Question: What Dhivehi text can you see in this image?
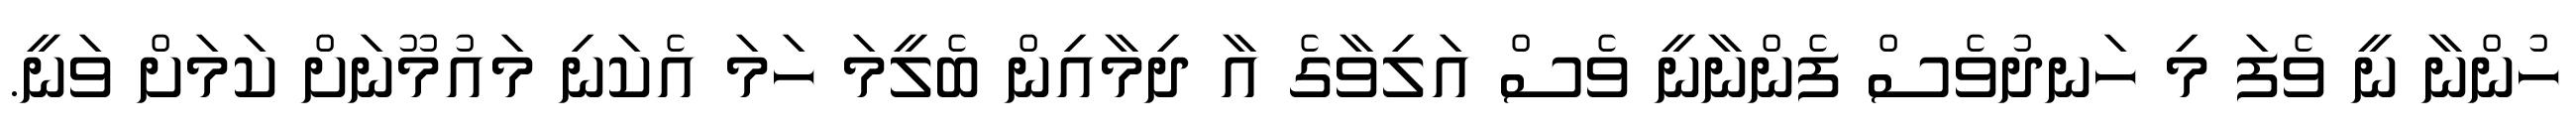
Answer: ހުންނާ ނީ ވެފަ މި ހަނދުވެސް ފެންނާނީ ވެސް އަލިވާގެ އާ ދިމާއިން ބެލީމަ ހަމަ އެކަނި މައުމޫނަށް ކަމަށް ވަނީ.